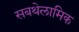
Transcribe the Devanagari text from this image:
सबथेलामिक